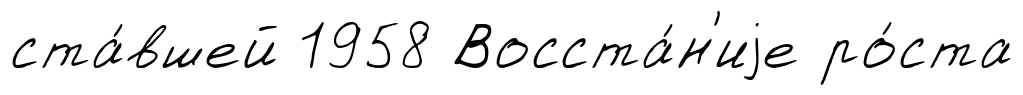
ста́вшей 1958 Восста́н'иjе ро́ста